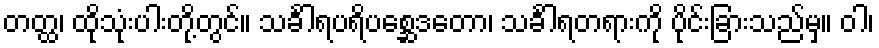
တတ္ထ၊ ထိုသုံးပါးတို့တွင်။ သင်္ခါရပရိပစ္ဆေဒတော၊ သင်္ခါရတရားကို ပိုင်းခြားသည်မှ။ ဝါ၊